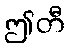
ဤတီ